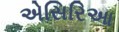
એસિરિઆ